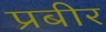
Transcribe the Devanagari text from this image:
प्रबीर